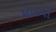
માડવી